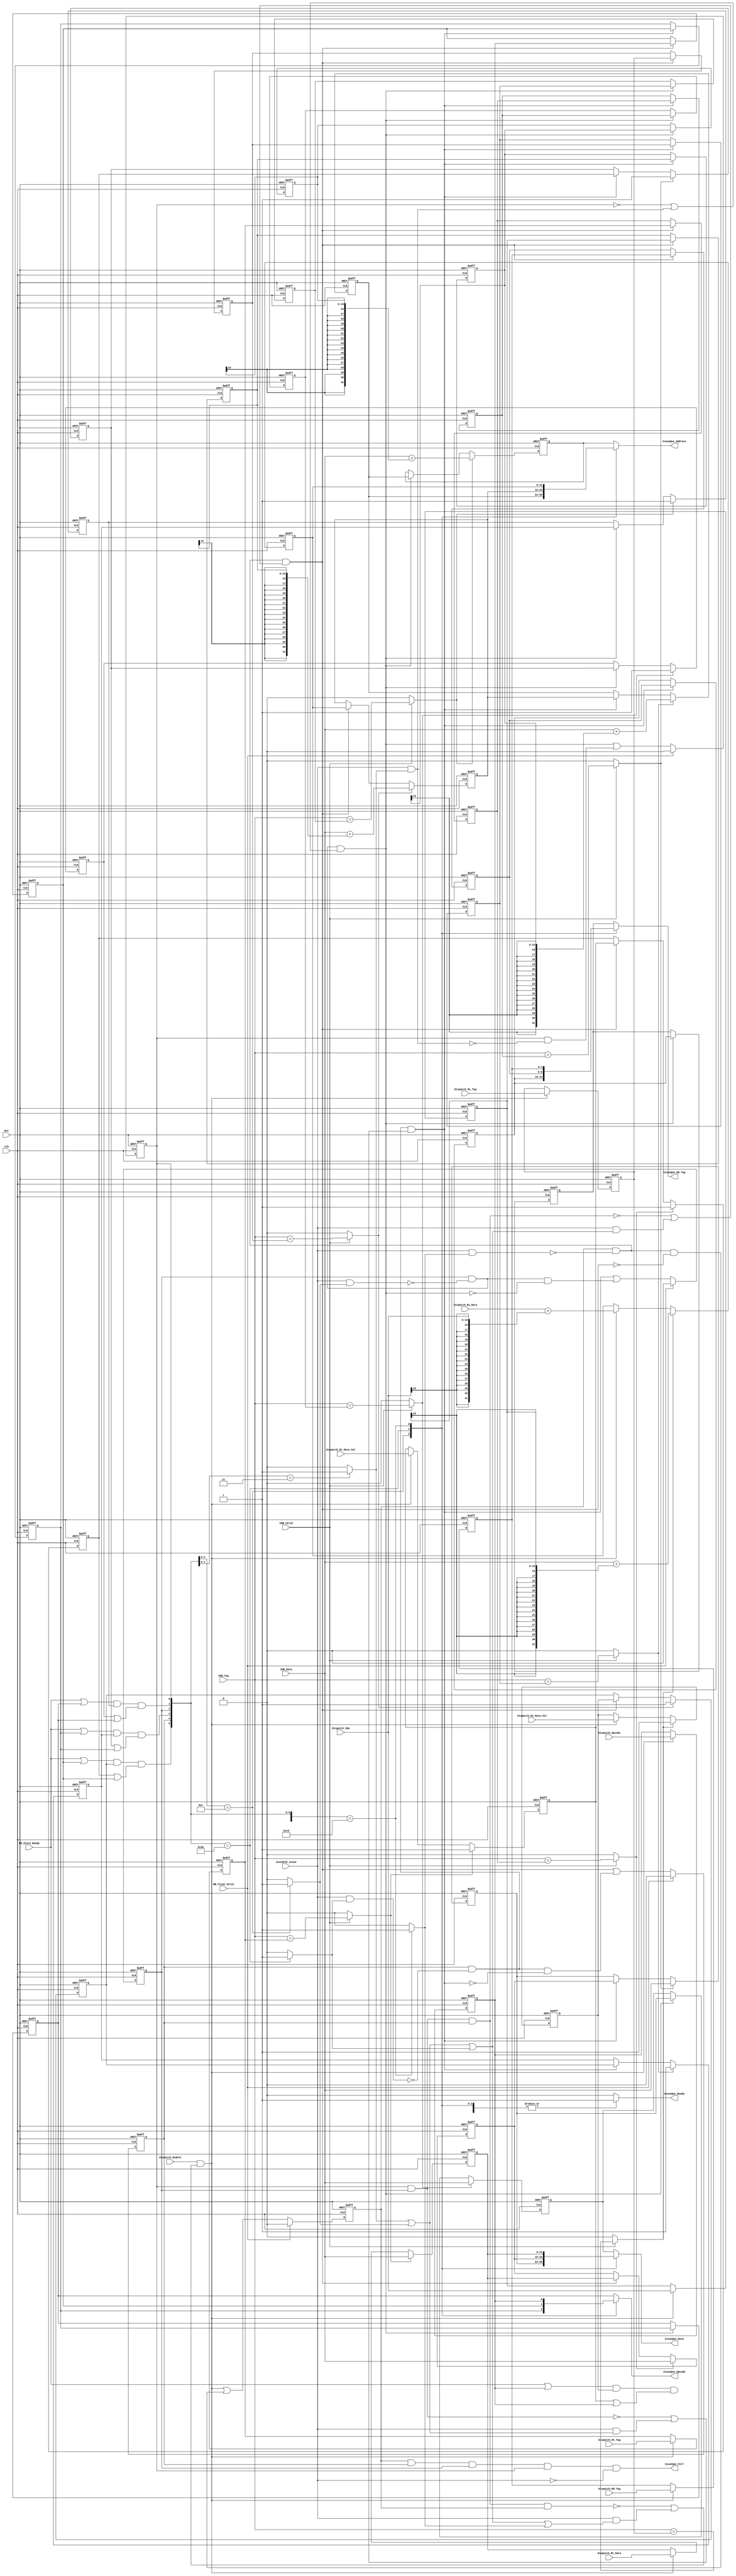
/****************************************************************************************************/
// Title      : Issue Queue Load/Store Verilog File
/****************************************************************************************************/ 
// Date of last revision : March-2012
// Notes                 : 
//
/****************************************************************************************************/  

module IssueQueueLS (

   // Port Declarations
   input                Clk,
   input                Rst,
   // Interface with Dispatch
   input       [ 4:0]   Dispatch_Rd_Tag,
   input       [31:0]   Dispatch_Rs_Data,
   input       [ 4:0]   Dispatch_Rs_Tag,
   input                Dispatch_Rs_Data_Val,   // '1' Data is valid; '0' Data is unknown
   input       [31:0]   Dispatch_Rt_Data,
   input       [ 4:0]   Dispatch_Rt_Tag,
   input                Dispatch_Rt_Data_Val,   // '1' Data is valid; '0' Data is unknown
   input                Dispatch_Opcode,
   input       [15:0]   Dispatch_Imm, ///// 16 o 32 bits?
   input                Dispatch_Enable,
   output reg           IssueQue_Full,
   // Interface with CDB
   input       [ 4:0]   CDB_Tag,
   input       [31:0]   CDB_Data,
   input                CDB_Valid,  // '1' Data and TAG are valid
   // Interface with Issue Unit
   output reg           IssueQue_Ready,
   output reg  [31:0]   IssueQue_Data,
   output reg  [31:0]   IssueQue_Address,
   output reg  [ 4:0]   IssueQue_Rd_Tag,
   output reg           IssueQue_Opcode,
   input                Issueblk_Issue,  // '1' Instruction has been issued
   // Interface with Retire Bus
   input                RB_Store_Ready,
   input                RB_Flush_Valid   // '1' Data inside queue must be flushed
);

   parameter N_QUEUE = 4;
   integer i;



   // Queue data-fields registers
   reg        opcode_reg  [0:N_QUEUE-1];
   reg [15:0] imm_reg     [0:N_QUEUE-1];
   reg [31:0] address_reg [0:N_QUEUE-1];
   reg [ 4:0] rd_tag_reg  [0:N_QUEUE-1];
   reg [ 4:0] rs_tag_reg  [0:N_QUEUE-1];
   reg [31:0] rs_data_reg [0:N_QUEUE-1];
   reg        rs_val_reg  [0:N_QUEUE-1];
   reg [ 4:0] rt_tag_reg  [0:N_QUEUE-1];
   reg [31:0] rt_data_reg [0:N_QUEUE-1];
   reg        rt_val_reg  [0:N_QUEUE-1];
   reg        valid_reg   [0:N_QUEUE-1];

   // Internal Signals
   reg valid_logic     [0:N_QUEUE-1];
   reg queue_add;
   reg queue_shift     [1:N_QUEUE-1];
   reg queue_rs_match  [0:N_QUEUE-1];
   reg queue_rt_match  [0:N_QUEUE-1];
   reg queue_ready     [0:N_QUEUE-1];
   reg queue_issue     [0:N_QUEUE-1];
   
   
   // Match(for Update) and Ready Queue Logic
   always@(*) begin : Match_Rdy_Logic
      //integer i;
      // Match CDB_TAG vs RS/RT TAG logic
      for(i = 0; i<N_QUEUE; i = i+1) begin
         queue_rt_match[i] = (CDB_Valid) ?  (CDB_Tag == rt_tag_reg[i]) : 1'b0;
         queue_rs_match[i] = (CDB_Valid) ?  (CDB_Tag == rs_tag_reg[i]) : 1'b0;
      end
     
      for(i = 0; i<N_QUEUE; i = i+1) begin
         queue_ready[i] =(RB_Store_Ready | opcode_reg[i]) & rs_val_reg[i] & (rt_val_reg[i] | opcode_reg[i]); // & valid_reg[i]; Not valid logic here
      end
            
   end
   
   // Add, Shift and Valid logic
   always@(*) begin
     
      queue_add      = (Dispatch_Enable) & ( ~(valid_reg[0]&valid_reg[1]&valid_reg[2]&valid_reg[3]) | (Issueblk_Issue & (queue_issue[0]|queue_issue[1]|queue_issue[2]|queue_issue[3]))  );
      queue_shift[1] = (valid_reg[1]) & (~(Issueblk_Issue & queue_issue[1])) & ( ~(valid_reg[0]                          ) | (Issueblk_Issue &  queue_issue[0]                               ) );
      queue_shift[2] = (valid_reg[2]) & (~(Issueblk_Issue & queue_issue[2])) & ( ~(valid_reg[0]&valid_reg[1]             ) | (Issueblk_Issue & (queue_issue[0]|queue_issue[1]               )) );
      queue_shift[3] = (valid_reg[3]) & (~(Issueblk_Issue & queue_issue[3])) & ( ~(valid_reg[0]&valid_reg[1]&valid_reg[2]) | (Issueblk_Issue & (queue_issue[0]|queue_issue[1]|queue_issue[2])) );   
   
      valid_logic[0] = (RB_Flush_Valid) ? 1'b0 : ( queue_shift[1] | (valid_reg[0] & (~(Issueblk_Issue & queue_issue[0]))      ) );
      valid_logic[1] = (RB_Flush_Valid) ? 1'b0 : ( queue_shift[2] | (valid_reg[1] & (~(Issueblk_Issue & queue_issue[1])) & (~queue_shift[1])) );
      valid_logic[2] = (RB_Flush_Valid) ? 1'b0 : ( queue_shift[3] | (valid_reg[2] & (~(Issueblk_Issue & queue_issue[2])) & (~queue_shift[2])) );
      valid_logic[3] = (RB_Flush_Valid) ? 1'b0 : ( queue_add      | (valid_reg[3] & (~(Issueblk_Issue & queue_issue[3])) & (~queue_shift[3])) );
           
   end

   //Output
   always@(*) begin

      // Default values for queue_issue
      for(i = 0; i<N_QUEUE; i = i+1) begin
         queue_issue[i] = 1'b0;
      end

      casex({queue_ready[3], valid_reg[3], queue_ready[2], valid_reg[2], queue_ready[1], valid_reg[1], queue_ready[0], valid_reg[0]})

         {2'bXX, 2'bXX, 2'bXX, 2'b11}: begin
            queue_issue[0]   = 1'b1; 
            IssueQue_Ready   = 1'b1;
            IssueQue_Opcode  = opcode_reg [0];           
            IssueQue_Data    = rt_data_reg[0];
            IssueQue_Address = address_reg[0];
            IssueQue_Rd_Tag  = rd_tag_reg [0];   
         end
         {2'bXX, 2'bXX, 2'b11, 2'b00}: begin
            queue_issue[1]   = 1'b1; 
            IssueQue_Ready   = 1'b1;
            IssueQue_Opcode  = opcode_reg [1];         
            IssueQue_Data    = rt_data_reg[1];
            IssueQue_Address = address_reg[1];
            IssueQue_Rd_Tag  = rd_tag_reg [1]; 
         end
         {2'bXX, 2'b11, 2'b00, 2'b00}: begin
            queue_issue[2]   = 1'b1;
            IssueQue_Ready   = 1'b1;
            IssueQue_Opcode  = opcode_reg [2];           
            IssueQue_Data    = rt_data_reg[2];
            IssueQue_Address = address_reg[2];
            IssueQue_Rd_Tag  = rd_tag_reg [2]; 
         end
         {2'b11, 2'b00, 2'b00, 2'b00}: begin
            queue_issue[3]   = 1'b1;
            IssueQue_Ready   = 1'b1;
            IssueQue_Opcode  = opcode_reg [3];           
            IssueQue_Data    = rt_data_reg[3];
            IssueQue_Address = address_reg[3];
            IssueQue_Rd_Tag  = rd_tag_reg [3];  
         end
         
         default: begin  // No necesario si se ponen default values al principio
            IssueQue_Ready   = 1'b0;
            IssueQue_Opcode  = opcode_reg [0];            
            IssueQue_Data    = rt_data_reg[0];
            IssueQue_Address = address_reg[0];
            IssueQue_Rd_Tag  = rd_tag_reg [0];        
         end  
        
      endcase
      
      IssueQue_Full = valid_reg[3] & valid_reg[2] & valid_reg[1] & valid_reg[0] & (~Issueblk_Issue);  
  
   end

   // Instruction Queues Sequential Logic
   always@(posedge Clk, posedge Rst) begin
   
      if(Rst) begin
         for(i = 0; i < N_QUEUE; i = i + 1) begin
            
            opcode_reg  [i] <= 1'b0;
            imm_reg     [i] <= 16'b0;
            address_reg [i] <= 32'h0;
            rd_tag_reg  [i] <= 5'b0;
            rs_tag_reg  [i] <= 5'b0;
            rs_data_reg [i] <= 32'h0;
            rs_val_reg  [i] <= 1'b0;
            rt_tag_reg  [i] <= 5'b0;
            rt_data_reg [i] <= 32'h0;
            rt_val_reg  [i] <= 1'b0;
            valid_reg   [i] <= 1'b0;
         end
      end
       
      else begin

         for(i = 0; i < N_QUEUE; i = i + 1) begin
            

            if(i == (N_QUEUE-1)) begin

               opcode_reg[i] <= (queue_add) ? Dispatch_Opcode : opcode_reg[i];
               imm_reg[i]    <= (queue_add) ? Dispatch_Imm    :    imm_reg[i];
               rd_tag_reg[i] <= (queue_add) ? Dispatch_Rd_Tag : rd_tag_reg[i];
               rs_tag_reg[i] <= (queue_add) ? Dispatch_Rs_Tag : rs_tag_reg[i];
               rt_tag_reg[i] <= (queue_add) ? Dispatch_Rt_Tag : rt_tag_reg[i];
               
               address_reg[i] <= (queue_rs_match[i]) ? (CDB_Data + {{16{imm_reg[i][15]}},imm_reg[i]}) : 
                                 (queue_add)  ?  (Dispatch_Rs_Data + {{16{Dispatch_Imm[15]}},Dispatch_Imm}) : address_reg[i]; 

               rs_data_reg[i] <= (queue_rs_match[i]) ? CDB_Data :  (queue_add)  ? Dispatch_Rs_Data     : rs_data_reg[i];
               rs_val_reg [i] <= (queue_rs_match[i]) ? 1'b1     :  (queue_add)  ? Dispatch_Rs_Data_Val : rs_val_reg [i];
               rt_data_reg[i] <= (queue_rt_match[i]) ? CDB_Data :  (queue_add)  ? Dispatch_Rt_Data     : rt_data_reg[i];
               rt_val_reg [i] <= (queue_rt_match[i]) ? 1'b1     :  (queue_add)  ? Dispatch_Rt_Data_Val : rt_val_reg [i];

               valid_reg [i] <=  valid_logic[i];

            end
            else begin

               opcode_reg[i] <= (queue_shift[i+1]) ? opcode_reg[i+1] : opcode_reg[i];
               imm_reg[i]    <= (queue_shift[i+1]) ? imm_reg[i+1]    :    imm_reg[i];
               rd_tag_reg[i] <= (queue_shift[i+1]) ? rd_tag_reg[i+1] : rd_tag_reg[i];
               rs_tag_reg[i] <= (queue_shift[i+1]) ? rs_tag_reg[i+1] : rs_tag_reg[i];
               rt_tag_reg[i] <= (queue_shift[i+1]) ? rt_tag_reg[i+1] : rt_tag_reg[i];
               
               address_reg[i] <= (queue_rs_match[i]) ? (CDB_Data + {{16{imm_reg[i][15]}},imm_reg[i]}) : (queue_shift[i+1])  ? address_reg[i+1] : address_reg[i];

               rs_data_reg[i] <= (queue_rs_match[i]) ? CDB_Data :  (queue_shift[i+1])  ? rs_data_reg[i+1] : rs_data_reg[i];
               rs_val_reg [i] <= (queue_rs_match[i]) ? 1'b1     :  (queue_shift[i+1])  ? rs_val_reg [i+1] : rs_val_reg [i];
               rt_data_reg[i] <= (queue_rt_match[i]) ? CDB_Data :  (queue_shift[i+1])  ? rt_data_reg[i+1] : rt_data_reg[i];
               rt_val_reg [i] <= (queue_rt_match[i]) ? 1'b1     :  (queue_shift[i+1])  ? rt_val_reg [i+1] : rt_val_reg [i];

               valid_reg [i] <=  valid_logic[i];

            end

         end
         
      end
     
  end
  
  

endmodule